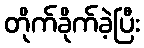
တိုက်ခိုက်ခဲ့ပြီး